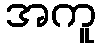
အကူ